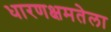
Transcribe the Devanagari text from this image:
धारणक्षमतेला